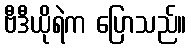
ဗီဒီယိုရဲက ပြောသည်။